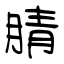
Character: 腈